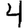
Digit: 4